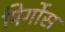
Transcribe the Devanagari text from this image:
पिर्गोस